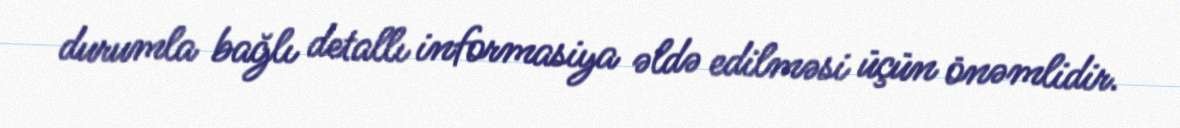
durumla bağlı detallı informasiya əldə edilməsi üçün önəmlidir.